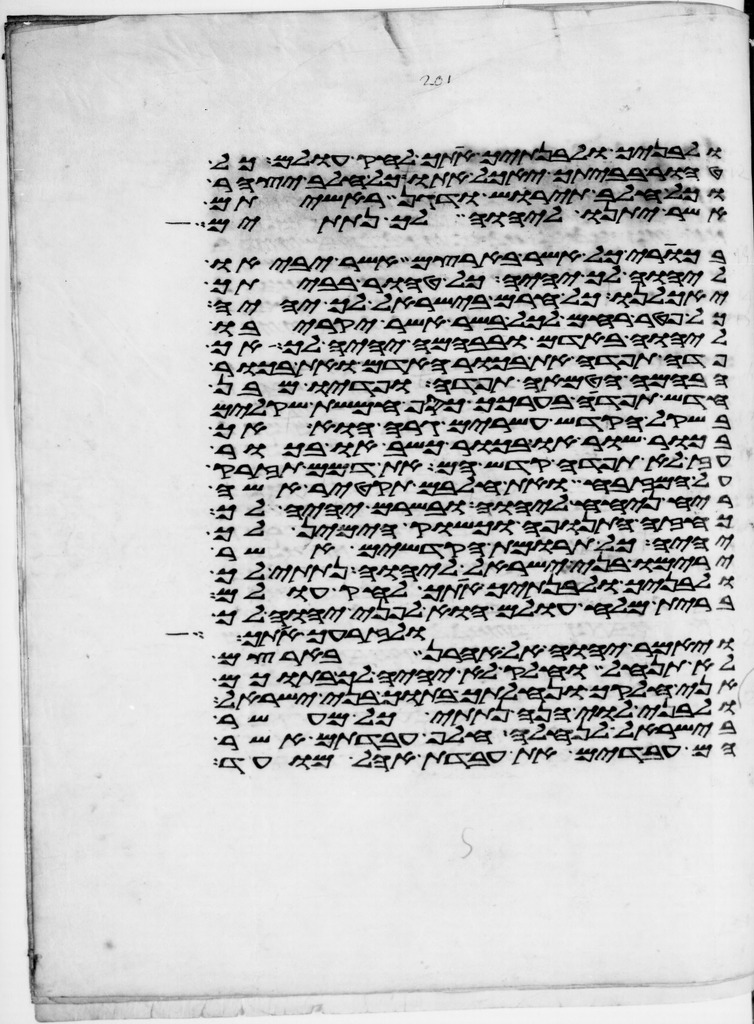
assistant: ולבניך ולבנתיך אתך לחק עולם כל
טהור בביתך יאכל אתו כל חלב יצהר
וכל חלב תירש ודגן ראשיתם
אשר יתנו ליהוה לך נתתים
בכורי כל אשר בארצם אשר יביאו
ליהוה לך יהיה כל טהור בביתך
יאכלנו כל חרם בישראל לך יהיה
כל פטר רחם לכל בשר אשר יקריבו
ליהוה באדם ובבהמה יהיה לך אך
פדה תפדה את בכור האדם ואת בכור
הבהמה הטמאה תפדה ופדיו מבן
חדש תפדה בערכך כסף חמשת שקלים
בשקל הקדש עשרים גרה הוא אך
בכור שור או בכור כשב או בכור
עז לא תפדה קדש הם את דמם תזרק
על המזבח ואת חלבם תקטיר אשה
ריח ניחח ליהוה ובשרם יהיה לך
כחזה התנופה וכשוק הימין לך
יהיה כל תרומת הקדשים אשר
ירימו בני ישראל ליהוה נתתי לך
ולבניך ולבנתיך אתך לחק עולם
ברית מלח עולם הוא לפני יהוה לך
ולזרעך אתך
ויאמר יהוה אל אהרן בארצם
לא תנחל וחלק לא יהיה לך בתוכם
אני חלקך ונחלתך בתוך בני ישראל
ולבני לוי הנה נתתי כל מעשר
בישראל לנחלה חלף עבדתם אשר
הם עבדים את עבדת אהל מועד